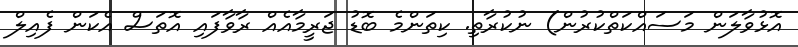
އޮޅުވާލަން މަސައްކަތްކުރުން) ނުކުރާތި. ކިތަންމެ ބޮޑު ޖަރީމާއެއް ރާވާފައި އޮތަސް އެކަން ފެއިލް